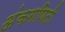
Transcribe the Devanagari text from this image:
अंकगणिती